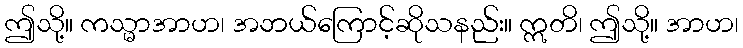
ဤသို့။ ကသ္မာအာဟ၊ အဘယ်ကြောင့်ဆိုသနည်း။ ဣတိ၊ ဤသို့။ အာဟ၊